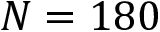
N = 1 8 0